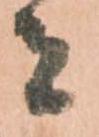
者